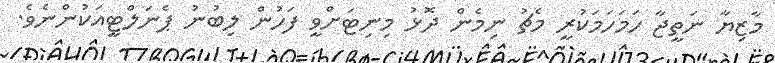
މާޒިޔާ ނަތީޖާ ހަމަހަމަކުރީ މެޗު ނިމެން ދޮޅު މިނިޓަށްވީ ފަހުން ލިބުނު ޕެނަލްޓީއަކުންނެވެ.